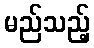
မည်သည့်